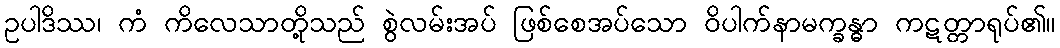
ဥပါဒိဿ၊ ကံ ကိလေသာတို့သည် စွဲလမ်းအပ် ဖြစ်စေအပ်သော ဝိပါက်နာမက္ခန္ဓာ ကဋတ္တာရုပ်၏။